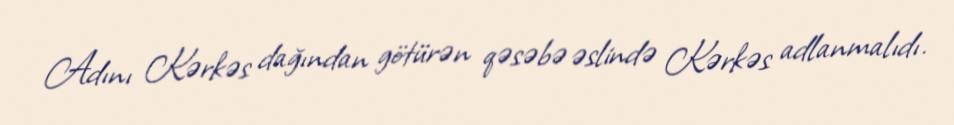
Adını Kərkəs dağından götürən qəsəbə əslində Kərkəs adlanmalıdı.